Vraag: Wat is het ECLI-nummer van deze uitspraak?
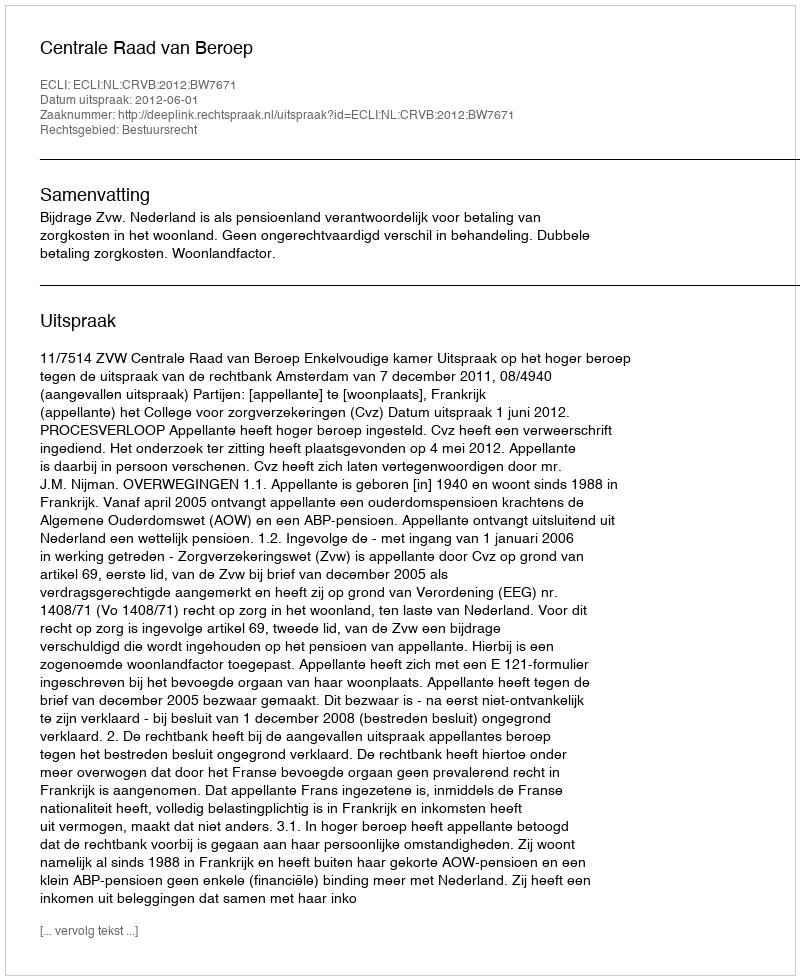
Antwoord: ECLI:NL:CRVB:2012:BW7671